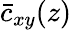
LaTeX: \bar{c}_{xy}(z)